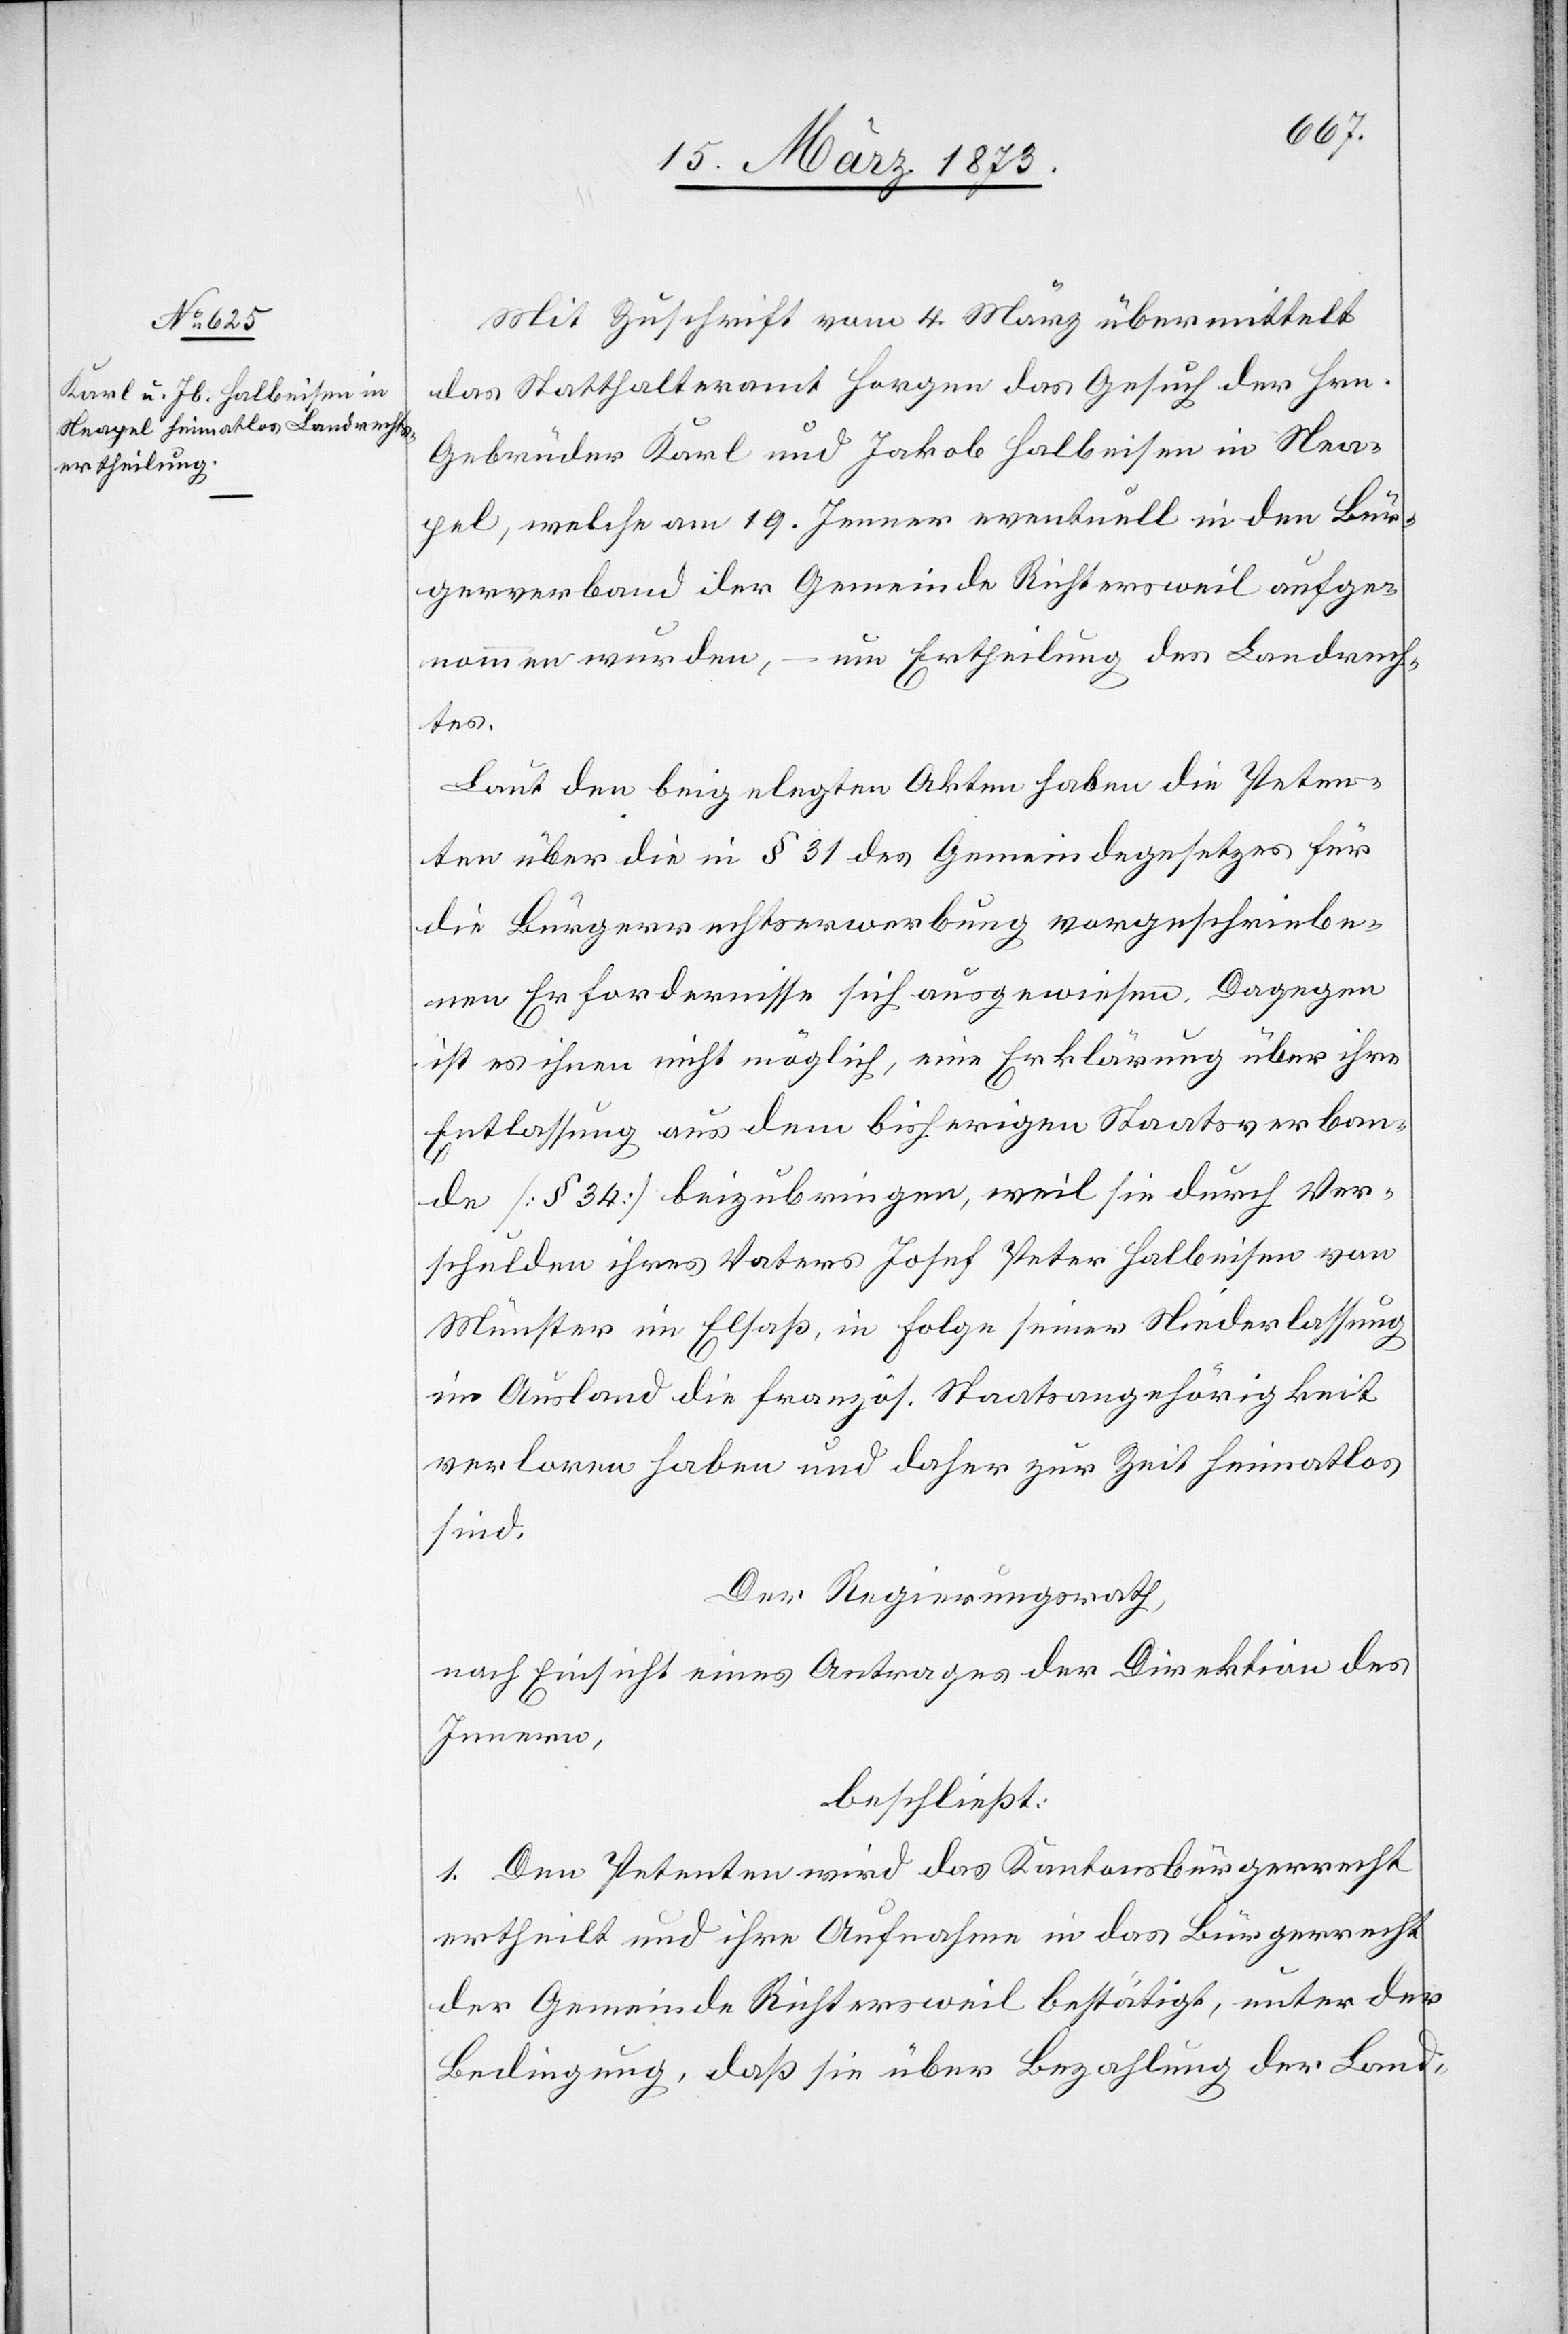
Mit Zuschrift vom 4. März übermittelt
das Statthalteramt Horgen das Gesuch der Hrn.
Gebrüder Karl und Jakob Halbeisen in Nea¬
pel. welche am 19. Jenner eventuell in den Bür¬
gerverband der Gemeinde Richtersweil aufge¬
nommen wurden, – um Ertheilung des Landrech¬
tes.
Laut den beigelegten Akten haben die Peten¬
ten über die in § 31 des Gemeindegesetzes für
die Bürgerrechtserwerbung vorgeschriebe¬
nen Erfordernisse sich ausgewiesen. Dagegen
ist es ihnen nicht möglich, eine Erklärung über ihre
Entlassung aus dem bisherigen Staatsverban¬
de [§ 34] beizubringen, weil sie durch Ver¬
schulden ihres Vaters Josef Peter Halbeisen von
Münster im Elsaß, in Folge seiner Niederlassung
im Ausland die französ. Staatsangehörigkeit
verloren haben und daher zur Zeit heimatlos
sind.
Der Regierungsrath,
nach Einsicht eines Antrages der Direktion des
Innern,
beschließt:
1. Den Petenten wird das Kantonsbürgerrecht
ertheilt und ihre Aufnahme in das Bürgerrecht
der Gemeinde Richtersweil bestätigt, unter der
Bedingung, daß sie über Bezahlung der Land-